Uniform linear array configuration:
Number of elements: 4
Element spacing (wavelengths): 0.75
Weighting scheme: hann
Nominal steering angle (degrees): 45
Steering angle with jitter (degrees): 44.414
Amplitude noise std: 0.05
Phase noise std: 0.05

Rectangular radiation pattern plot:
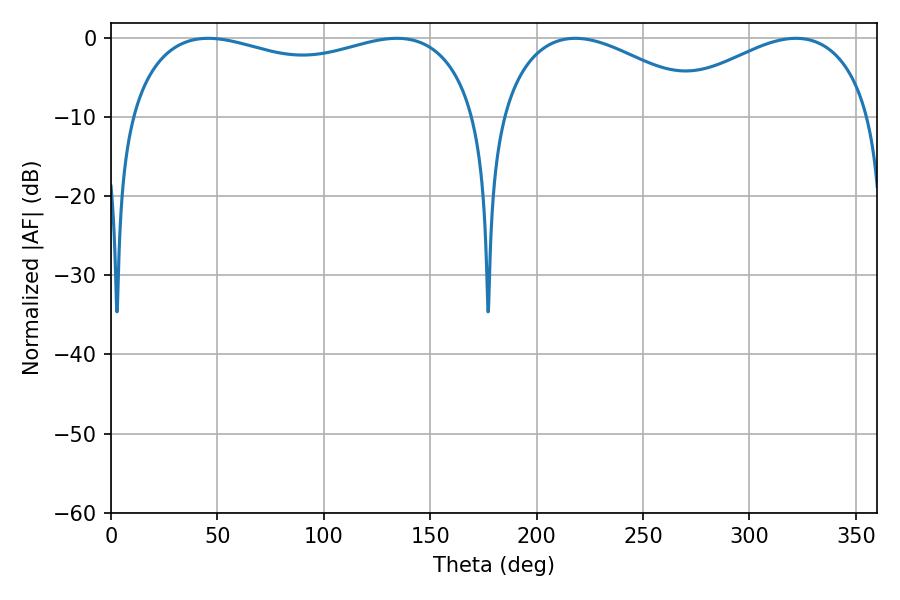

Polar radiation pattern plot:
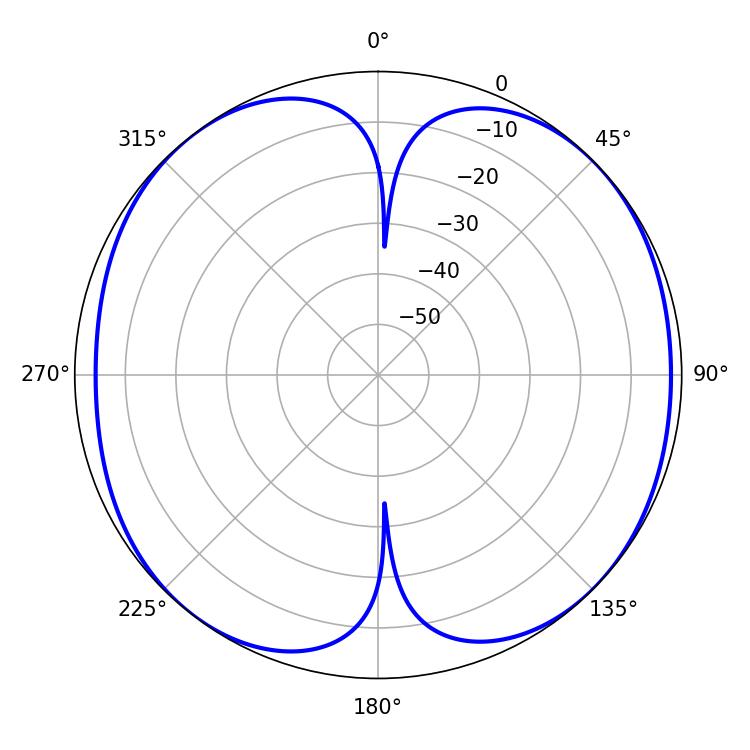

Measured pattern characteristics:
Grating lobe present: TRUE
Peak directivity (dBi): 9.971
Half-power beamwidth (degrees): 55.44
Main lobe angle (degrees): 218.16